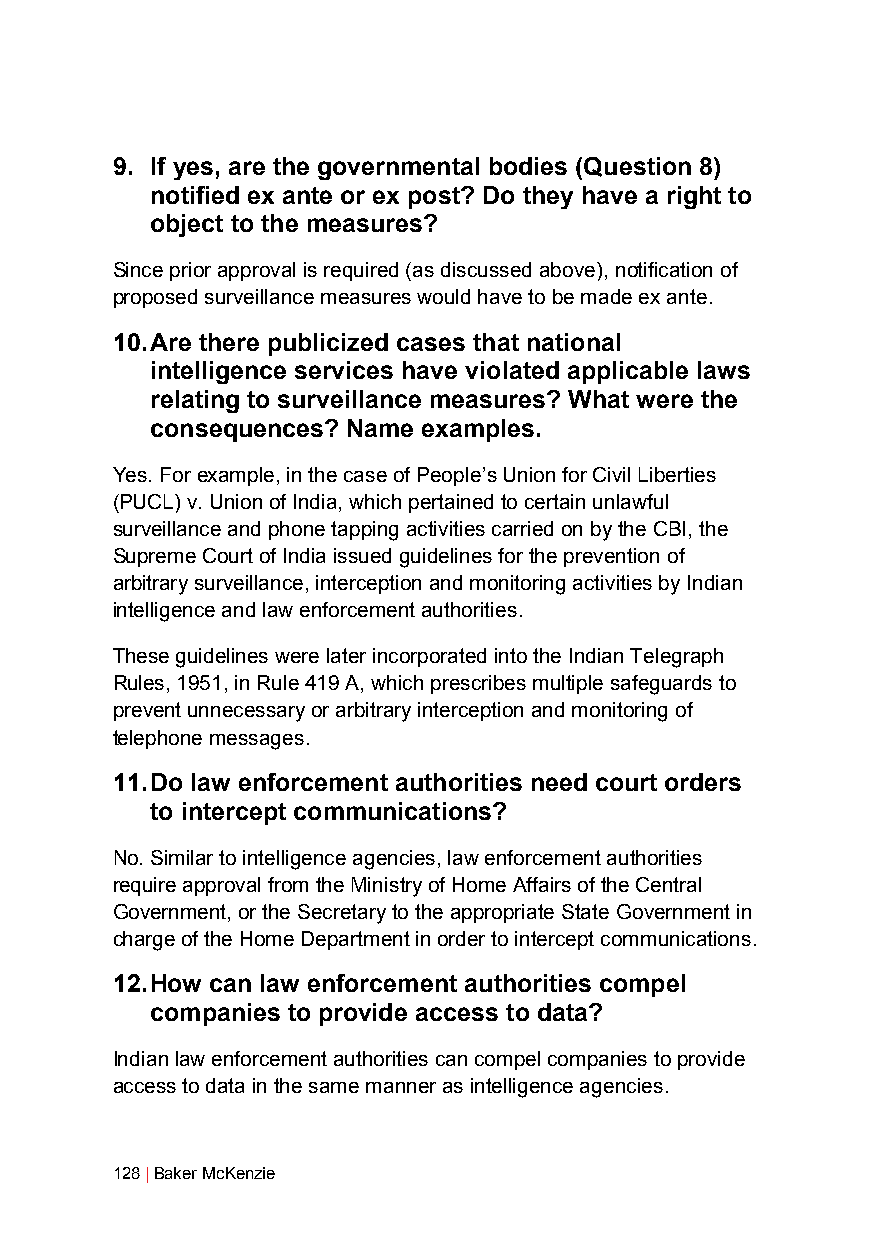
9. If yes, are the governmental bodies (Question 8)
 notified ex ante or ex post? Do they have a right to
 object to the measures?
 Since prior approval is required (as discussed above), notification of
 proposed surveillance measures would have to be made ex ante.
 10. Are there publicized cases that national
 intelligence services have violated applicable laws
 relating to surveillance measures? What were the
 consequences? Name examples.
 Yes. For example, in the case of People’s Union for Civil Liberties
 (PUCL) v. Union of India, which pertained to certain unlawful
 surveillance and phone tapping activities carried on by the CBI, the
 Supreme Court of India issued guidelines for the prevention of
 arbitrary surveillance, interception and monitoring activities by Indian
 intelligence and law enforcement authorities.
 These guidelines were later incorporated into the Indian Telegraph
 Rules, 1951, in Rule 419 A, which prescribes multiple safeguards to
 prevent unnecessary or arbitrary interception and monitoring of
 telephone messages.
 11. Do law enforcement authorities need court orders
 to intercept communications?
 No. Similar to intelligence agencies, law enforcement authorities
 require approval from the Ministry of Home Affairs of the Central
 Government, or the Secretary to the appropriate State Government in
 charge of the Home Department in order to intercept communications.
 12. How can law enforcement authorities compel
 companies to provide access to data?
 Indian law enforcement authorities can compel companies to provide
 access to data in the same manner as intelligence agencies.
 128 | Baker McKenzie